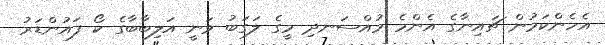
އެހެންކަމުން ޗައިނާގެ އެންމެ މުއްސަނދި މީގެ ލަގަބު ވަނީ އަލިބާބާގެ ކޯ ފައުންޑަރު